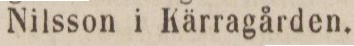
Nilsson i Kärragården.